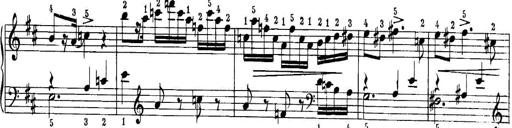
Title: Quatres sonatines
Composer: Tadeusz Joteyko